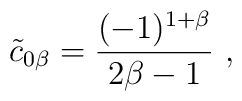
{\tilde c}_{0\beta} = {(-1)^{1+\beta}\over 2\beta -1}\ ,